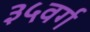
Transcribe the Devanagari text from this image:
३५वर्ग